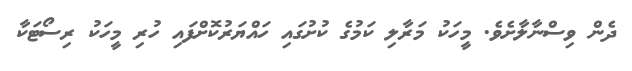
ދެން ވިސްނާލާށެވެ. މީހަކު މަރާލި ކަމުގެ ކުށުގައި ހައްޔަރުކޮށްފައި ހުރި މީހަކު ރިސޯޓަކާ